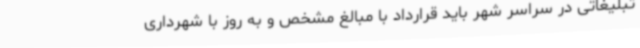
تبلیغاتی در سراسر شهر باید قرارداد با مبالغ مشخص و به روز با شهرداری